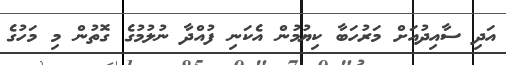
އަދި ސާއިދުއަށް މަރުހަބާ ކިޔުމުން އެކަނި ފުއްދާ ނުލުމުގެ ގޮތުން މި މަހުގެ